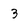
Character: 3